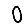
Digit: 0